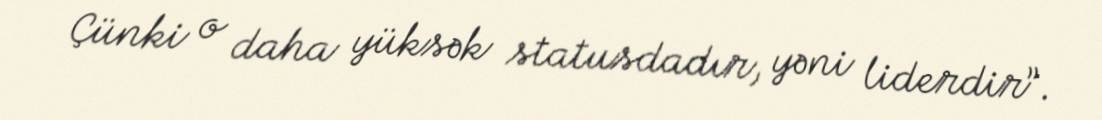
Çünki o daha yüksək statusdadır, yəni liderdir”.